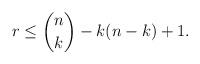
LaTeX: \begin{align*}r \leq \binom{n}{k} -k(n-k) + 1.\end{align*}